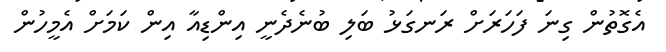
އެގޮތުން ގިނަ ފަހަރަށް ރަނގަޅު ބަލި ބުނެދެނީ އިންޑިއާ އިން ކަމަށް އެމީހުން